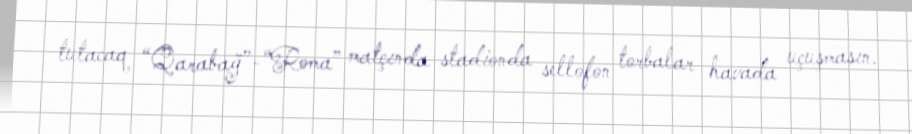
tutacaq “Qarabağ”-“Roma” matçında stadionda sellofon torbalar havada uçuşmasın.